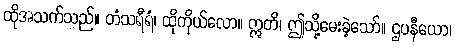
ထိုအသက်သည်။ တံသရီရံ၊ ထိုကိုယ်လော။ ဣတိ၊ ဤသို့မေးခဲ့သော်။ ဌပနီယော၊